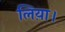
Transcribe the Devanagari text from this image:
लिय़ा।